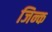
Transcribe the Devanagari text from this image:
जिन्क